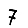
Digit: 7